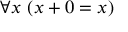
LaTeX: \forall x \ ( x + 0 = x )